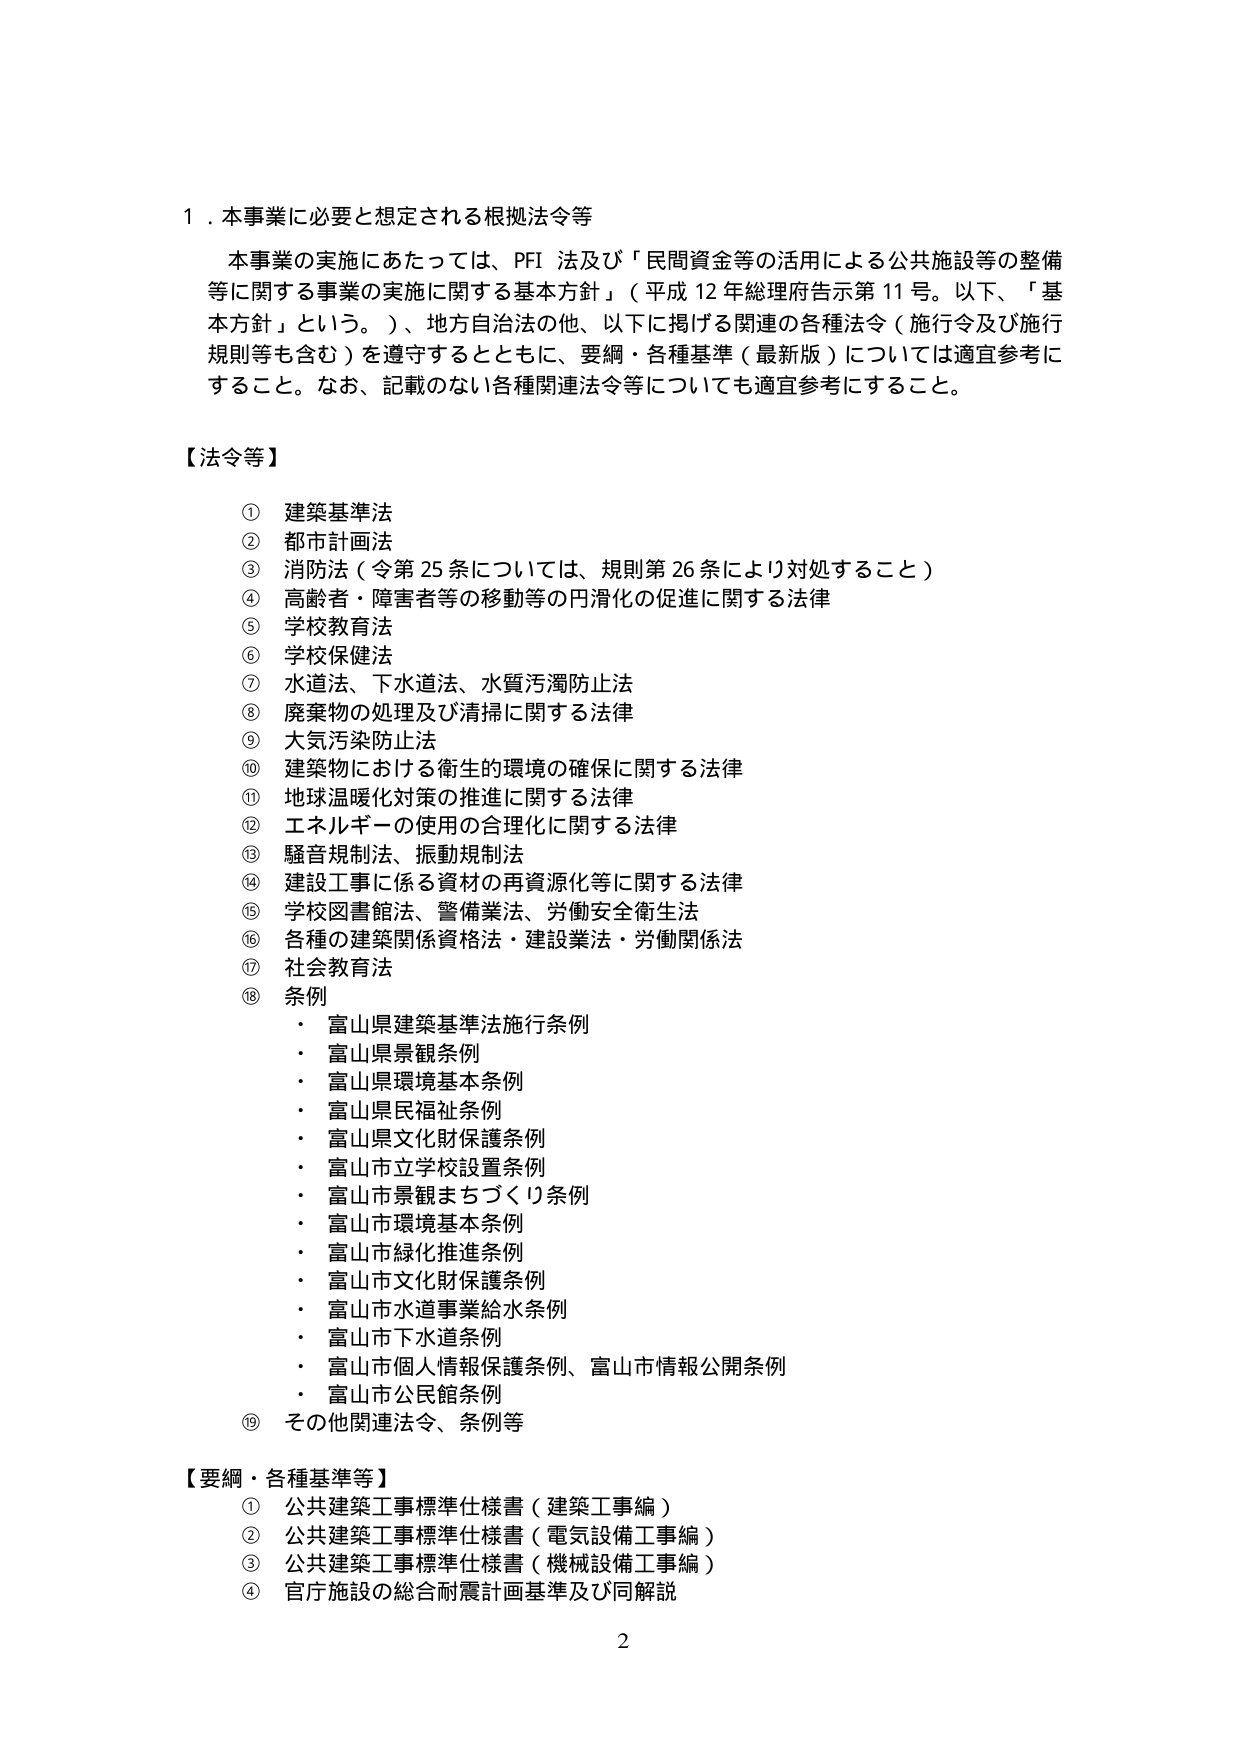
1．本事業に必要と想定される根拠法令等

本事業の実施にあたっては、PFI 法及び「民間資金等の活用による公共施設等の整備等に関する事業の実施に関する基本方針」（平成12年総理府告示第11号。以下、「基本方針」という。）、地方自治法の他、以下に掲げる関連の各種法令（施行令及び施行規則等も含む）を遵守するとともに、要綱・各種基準（最新版）については適宜参考にすること。なお、記載のない各種関連法令等についても適宜参考にすること。

【法令等】

① 建築基準法
② 都市計画法
③ 消防法（令第25条については、規則第26条により対処すること）
④ 高齢者・障害者等の移動等の円滑化の促進に関する法律
⑤ 学校教育法
⑥ 学校保健法
⑦ 水道法、下水道法、水質汚濁防止法
⑧ 廃棄物の処理及び清掃に関する法律
⑨ 大気汚染防止法
⑩ 建築物における衛生的環境の確保に関する法律
⑪ 地球温暖化対策の推進に関する法律
⑫ エネルギーの使用の合理化に関する法律
⑬ 騒音規制法、振動規制法
⑭ 建設工事に係る資材の再資源化等に関する法律
⑮ 学校図書館法、警備業法、労働安全衛生法
⑯ 各種の建築関係資格法・建設業法・労働関係法
⑰ 社会教育法
⑱ 条例
・ 富山県建築基準法施行条例
・ 富山県景観条例
・ 富山県環境基本条例
・ 富山県民福祉条例
・ 富山県文化財保護条例
・ 富山市立学校設置条例
・ 富山市景観まちづくり条例
・ 富山市環境基本条例
・ 富山市緑化推進条例
・ 富山市文化財保護条例
・ 富山市水道事業給水条例
・ 富山市下水道条例
・ 富山市個人情報保護条例、富山市情報公開条例
・ 富山市公民館条例
⑲ その他関連法令、条例等

【要綱・各種基準等】

① 公共建築工事標準仕様書（建築工事編）
② 公共建築工事標準仕様書（電気設備工事編）
③ 公共建築工事標準仕様書（機械設備工事編）
④ 官庁施設の総合耐震計画基準及び同解説

2